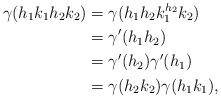
LaTeX: \begin{align*} \gamma( h_{1} k_{1} h_{2} k_{2}) &= \gamma( h_{1} h_{2} k_{1}^{h_{2}} k_{2} ) \\&= \gamma'( h_{1} h_{2} ) \\&= \gamma'( h_{2} ) \gamma'(h_{1}) \\&= \gamma( h_{2} k_{2} ) \gamma( h_{1} k_{1} ), \end{align*}